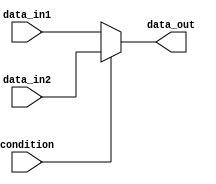
module if_else_statement_example (
    input wire condition,
    input wire [7:0] data_in1,
    input wire [7:0] data_in2,
    output reg [7:0] data_out
);

always @* begin
    if (~condition) begin
        data_out = data_in1;
    end
    else begin
        data_out = data_in2;
    end
end

endmodule